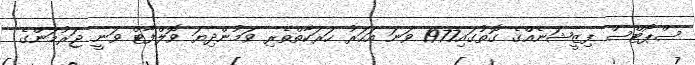
ސްޕޯޓްސް ފިޒީޝަނެއްގެ ގޮތުގައި1977 ވަނަ އަހަރު ހަރަކާތްތެރި ވަމުންދިޔަ ވޮލްފާޓް ވަނީ ޖަރުމަންގެ